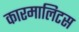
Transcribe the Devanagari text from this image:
कारमालिटस